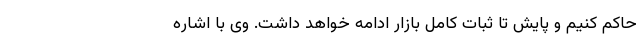
حاکم کنیم و پایش تا ثبات کامل بازار ادامه خواهد داشت. وی با اشاره